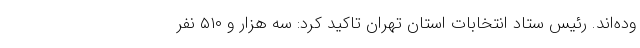
وده‌اند. رئیس ستاد انتخابات استان تهران تاکید کرد: سه هزار و ۵۱۰ نفر